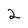
Character: 2